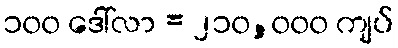
၁၀၀ ဒေါ်လာ = ၂၁၀,၀၀၀ ကျပ်